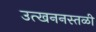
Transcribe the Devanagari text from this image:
उत्खननस्तळी